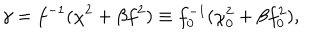
\gamma = f ^ { - 1 } ( \chi ^ { 2 } + \beta f ^ { 2 } ) \equiv f _ { 0 } ^ { - 1 } ( \chi _ { 0 } ^ { 2 } + \beta f _ { 0 } ^ { 2 } ) ,